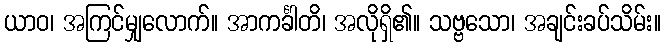
ယာဝ၊ အကြင်မျှလောက်။ အာကင်္ခါတိ၊ အလိုရှိ၏။ သဗ္ဗသော၊ အချင်းခပ်သိမ်း။